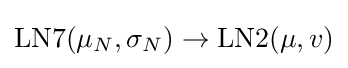
\operatorname {LN7} (\mu _{N},\sigma _{N})\to \operatorname {LN2} (\mu ,v)